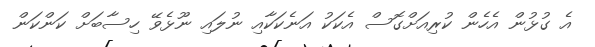
އެ ގުޅުން އެހެން ކުރިއަށްގޮސް އެކަކު އަނެކަކާއި ނުލައި ނޫޅެވޭ ހިސާބަށް ކަންކަން